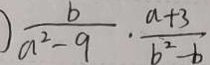
\frac { b } { a ^ { 2 } - 9 } \cdot \frac { a + 3 } { b ^ { 2 } - b }